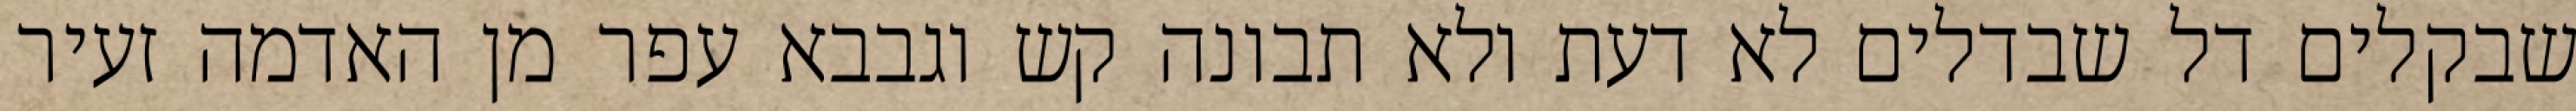
שבקלים דל שבדלים לא דעת ולא תבונה קש וגבבא עפר מן האדמה זעיר